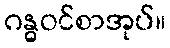
ဂန္ဓဝင်စာအုပ်။